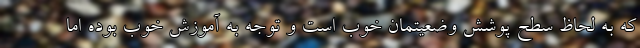
که به لحاظ سطح پوشش وضعیتمان خوب است و توجه به آموزش خوب بوده اما